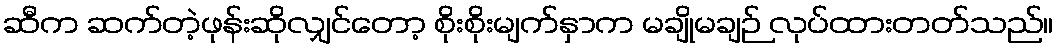
ဆီက ဆက်တဲ့ဖုန်းဆိုလျှင်တော့ စိုးစိုးမျက်နှာက မချိုမချဉ် လုပ်ထားတတ်သည်။